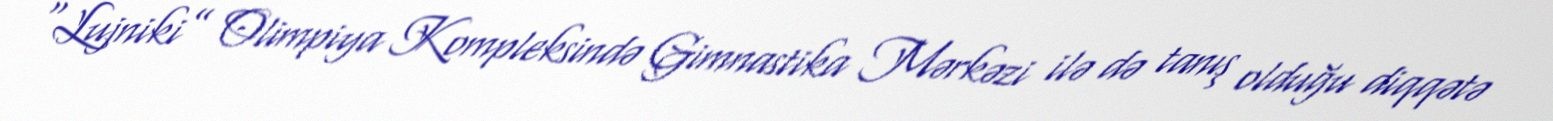
“Lujniki” Olimpiya Kompleksində Gimnastika Mərkəzi ilə də tanış olduğu diqqətə